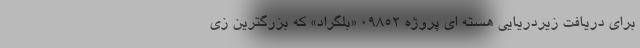
برای دریافت زیردریایی هسته ای پروژه ۰۹۸۵۲ «بلگراد» که بزرگترین زی